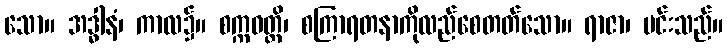
သော။ အဒ္ဓါနံ၊ ကာလ၌။ စက္ကဝတ္တိ၊ စကြာရတနာကိုလည်စေတတ်သော။ ရာဇာ၊ မင်းသည်။